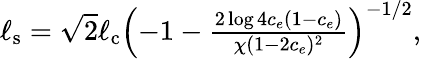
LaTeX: \begin{array}{r}{\ell_{\mathrm{s}}=\sqrt{2}\ell_{\mathrm{c}}\left(-1-\frac{2\log{4c_{e}(1-c_{e})}}{\chi(1-2c_{e})^{2}}\right)^{-1/2},}\end{array}